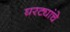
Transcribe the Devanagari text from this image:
घरट्यांचे